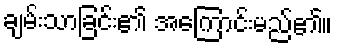
ချမ်းသာခြင်း၏ အကြောင်းမည်၏။